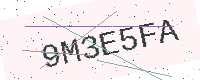
Text: 9M3E5FA